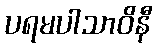
ပရမပါသာဝိနီ